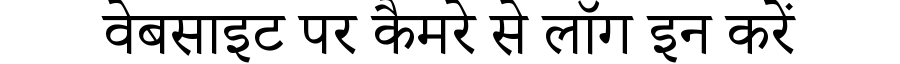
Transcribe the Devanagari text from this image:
वेबसाइट पर कैमरे से लॉग इन करें